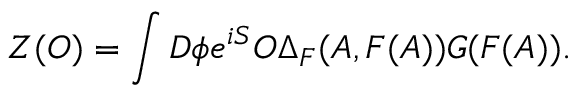
Z ( { \cal O } ) = \int D \phi e ^ { i S } { \cal O } \Delta _ { F } ( A , F ( A ) ) G ( F ( A ) ) .